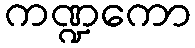
ကဏ္ဍကော